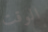
الوقت